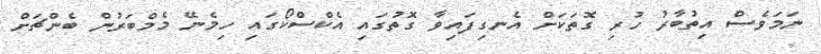
ނަމަވެސް އިތުބާރު ހުރި ގޮތަކަށް އެނގިފައިވާ ގޮތުގައި އެކްސްކޯގައި ހިމެނޭ މެމްބަރުން ބެންޗަށް